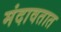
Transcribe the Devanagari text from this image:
मंदावतात